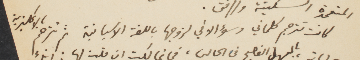
كانت تترجم كلماتي وسؤالاتي لزوجها باللغة الاسبانية ثم تترجك بالانكليزية